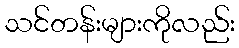
သင်တန်းများကိုလည်း